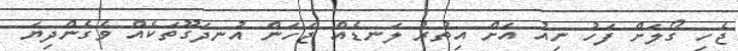
ޖެހި ގޯލަށް ފަހު ނިއު އަށް އިތުރު ލަނޑެއް ޖަހަން އުނދަގޫތަކެއް ވެގެންދިޔަ